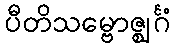
ပီတိသမ္ဗောဇ္ဈင်္ဂံ